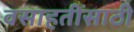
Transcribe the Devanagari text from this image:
वसाहतींसाठी